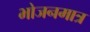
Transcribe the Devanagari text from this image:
भोजनमात्र